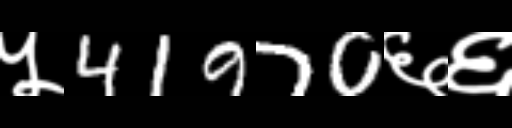
Text: ५41970६६